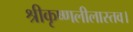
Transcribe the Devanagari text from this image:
श्रीकृष्णलीलास्तव।